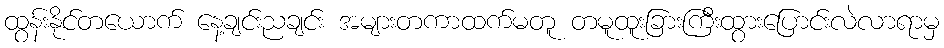
ထွန်းနိုင်တယောက် နေ့ချင်းညချင်း အများတကာထက်မတူ တမူထူးခြားကြီးထွားပြောင်းလဲလာရာမှ